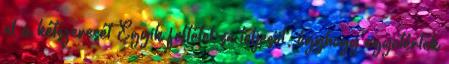
el a kétszeresét Egyik feltétel se teljesül, úgyhogy egyetértek